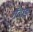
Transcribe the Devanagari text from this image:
गँवाइ